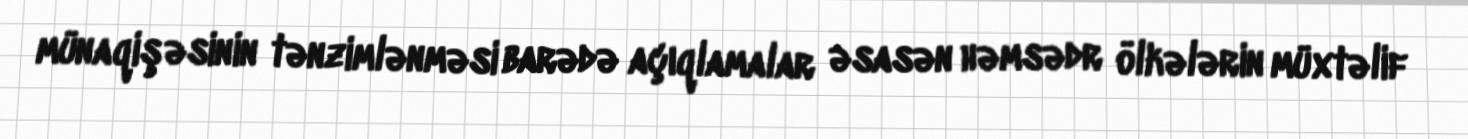
münaqişəsinin tənzimlənməsi barədə açıqlamalar əsasən həmsədr ölkələrin müxtəlif